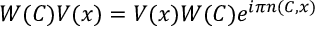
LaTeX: W ( C ) V ( x ) = V ( x ) W ( C ) e ^ { i \pi n ( C , x ) }